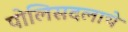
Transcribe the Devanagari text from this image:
पोलिसदलाचे